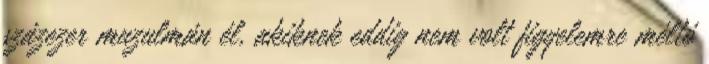
százezer muzulmán él, akiknek eddig nem volt figyelemre méltó